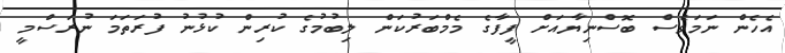
އެހެން ނަމަވެސް ބޮސްނިޔާއަށް ފީފާގެ މެމްބަރުކަން ލިބުމުގެ ކުރިން ކުޅުނު ފުރަތަމަ ނުރަސްމީ